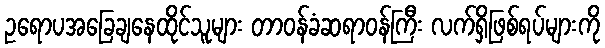
ဥရောပအခြေချနေထိုင်သူများ တာဝန်ခံဆရာဝန်ကြီး လက်ရှိဖြစ်ရပ်များကို